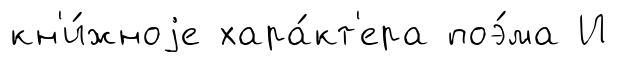
кн'и́жноjе хара́кт'ера поэ́ма И